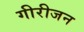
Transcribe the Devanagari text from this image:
गीरीजन